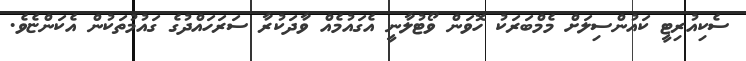
ސެކިއުރިޓީ ކައުންސިލަށް މެމްބަރަކު ހޮވަން ވޯޓުލާނީ އެގައުމެއް ވާދަކުރާ ސަރަހައްދުގެ ގައުމުތަކުން އެކަންޏެވެ.